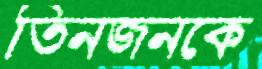
তিনজনকে